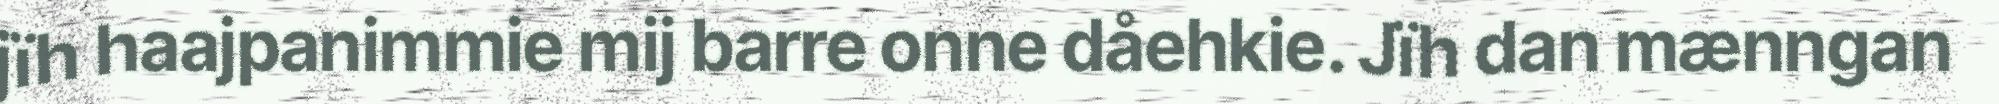
jïh haajpanimmie mij barre onne dåehkie. Jïh dan mænngan